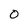
Character: 0